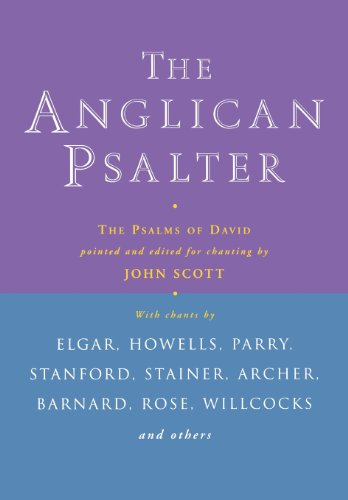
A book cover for Anglican Psalter; Pointed and edited for chanting by JOHN SCOTT; Christian Books & Bibles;